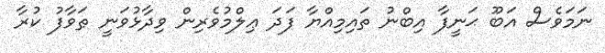
ނަމަވެސް އަބޫ ޙަނީފާ އިބްނު ތައިމިއްޔާ ފަދަ ޢިލްމުވެރިން ވިދާޅުވަނީ ޠަވާފު ކުރާ